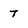
Character: 7